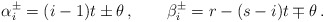
\begin{align*}\alpha^\pm_i=(i-1)t \pm \theta\,,\qquad \beta^\pm_i=r - (s-i)t \mp \theta\,.\end{align*}